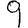
Digit: 9